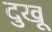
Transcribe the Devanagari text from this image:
दुखू